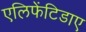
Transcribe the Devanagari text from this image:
एलिफेंटिडाए